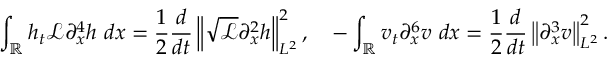
\int _ { \mathbb R } h _ { t } \mathscr { L } \partial _ { x } ^ { 4 } h \ d x = \frac { 1 } { 2 } \frac { d } { d t } \left\| \sqrt { \mathscr { L } } \partial _ { x } ^ { 2 } h \right\| _ { L ^ { 2 } } ^ { 2 } , \quad - \int _ { \mathbb R } v _ { t } \partial _ { x } ^ { 6 } v \ d x = \frac { 1 } { 2 } \frac { d } { d t } \left\| \partial _ { x } ^ { 3 } v \right\| _ { L ^ { 2 } } ^ { 2 } .